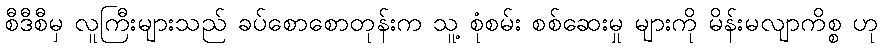
စီဒီစီမှ လူကြီးများသည် ခပ်စောစောတုန်းက သူ့ စုံစမ်း စစ်ဆေးမှု များကို မိန်းမလျာကိစ္စ ဟု